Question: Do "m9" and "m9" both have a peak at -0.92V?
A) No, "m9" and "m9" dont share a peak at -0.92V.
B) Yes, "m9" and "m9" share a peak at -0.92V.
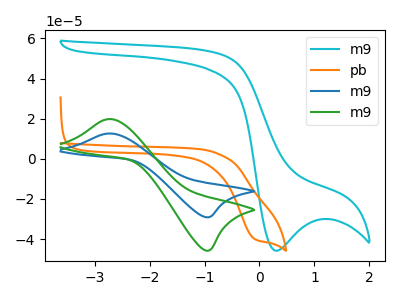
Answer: <think>The cyan curve "m9" has a cathodic peak at: (0.30V, -45.85uA). The orange curve "pb" has a cathodic peak at: (-0.10V, -39.90uA). The blue curve "m9" has an anodic peak at (-2.75V, 12.60uA) and a cathodic peak at (-0.90V, -29.15uA). The green curve "m9" has an anodic peak at (-2.75V, 19.80uA) and a cathodic peak at (-0.90V, -45.80uA).</think>
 <answer>B) Yes, "m9" and "m9" share a peak at -0.92V.</answer>
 <eval>B</eval>